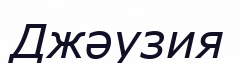
Джәузия